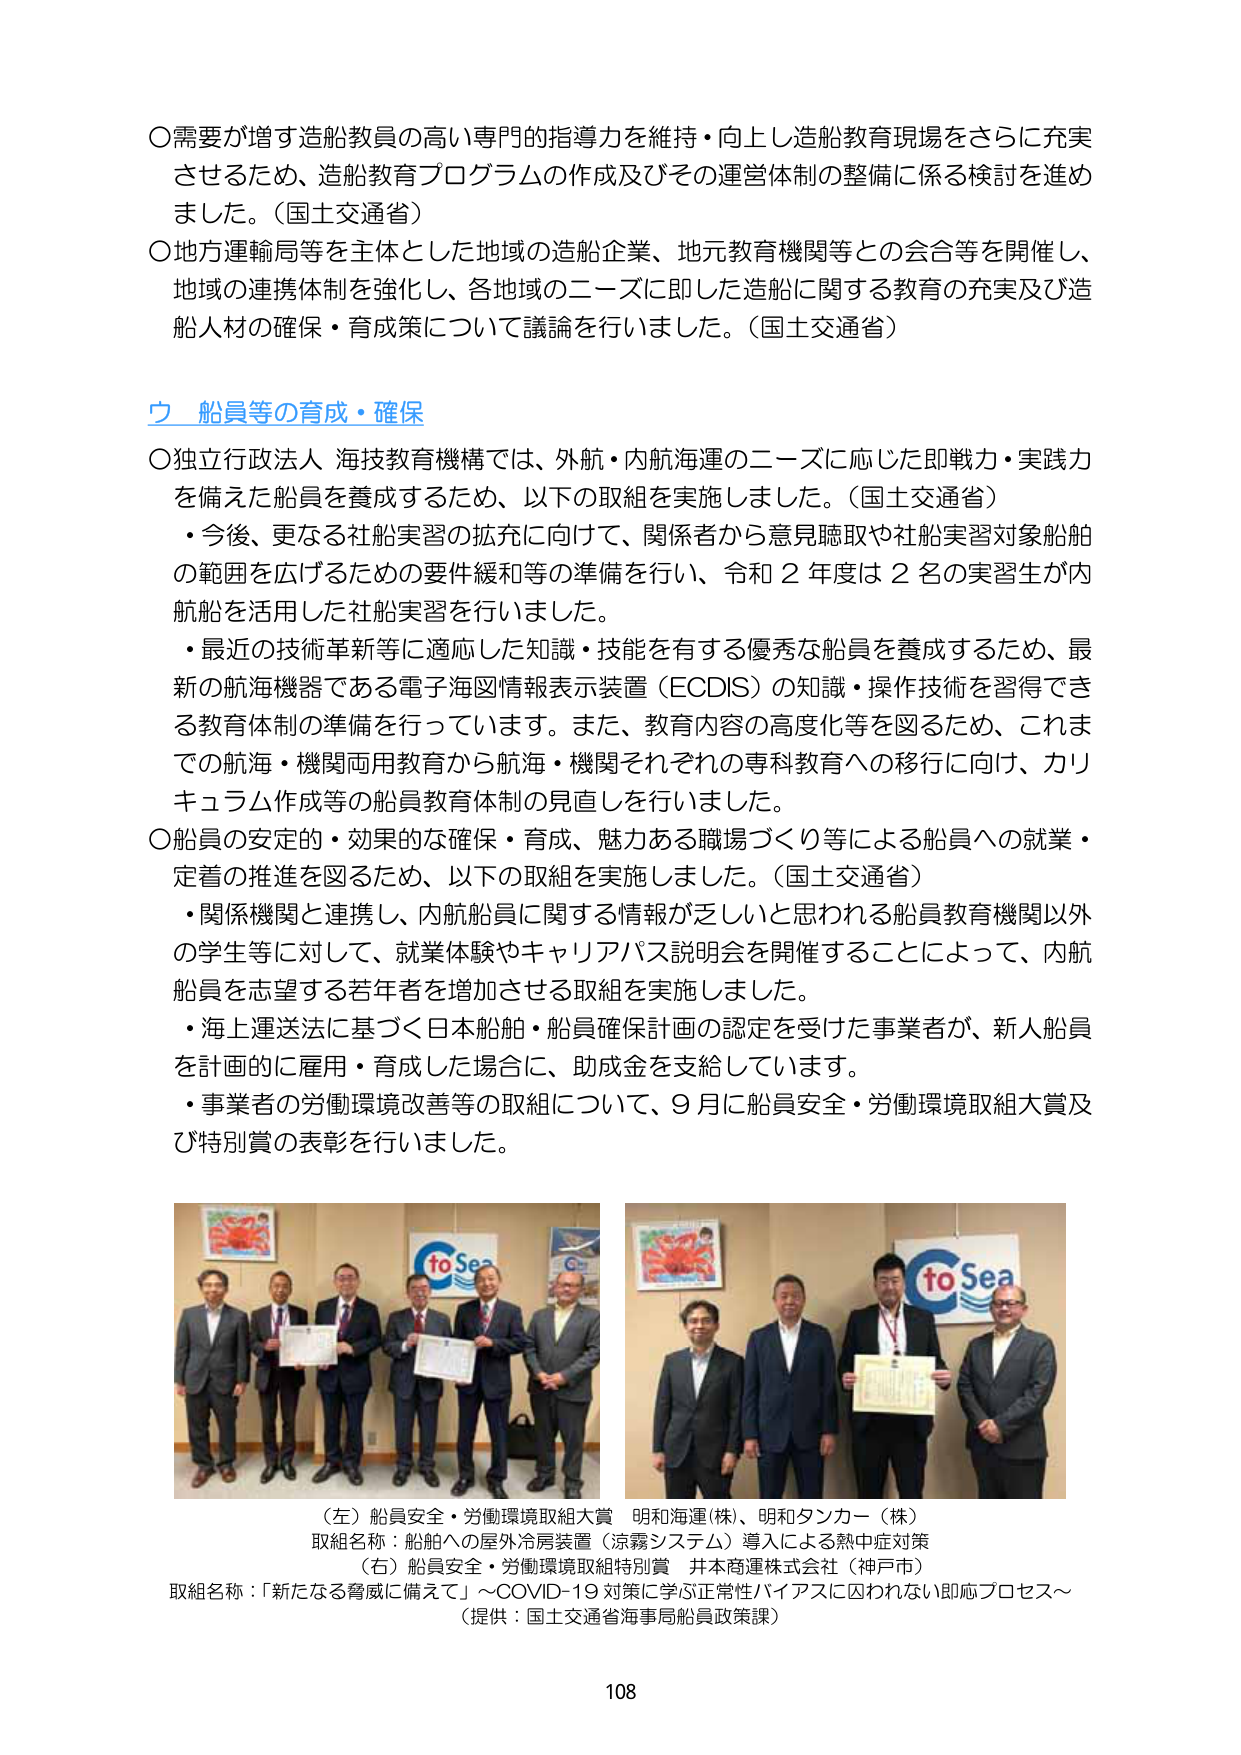
〇需要が増す造船教員の高い専門的指導力を維持・向上し造船教育現場をさらに充実させるため、造船教育プログラムの作成及びその運営体制の整備に係る検討を進めました。（国土交通省）
〇地方運輸局等を主体とした地域の造船企業、地元教育機関等との会合等を開催し、地域の連携体制を強化し、各地域のニーズに即した造船に関する教育の充実及び造船人材の確保・育成策について議論を行いました。（国土交通省）

**ウ 船員等の育成・確保**

〇独立行政法人 海技教育機構では、外航・内航海運のニーズに応じた即戦力・実践力を備えた船員を養成するため、以下の取組を実施しました。（国土交通省）
・今後、更なる社船実習の拡充に向けて、関係者から意見聴取や社船実習対象船舶の範囲を広げるための要件緩和等の準備を行い、令和２年度は２名の実習生が内航船を活用した社船実習を行いました。
・最近の技術革新等に適応した知識・技能を有する優秀な船員を養成するため、最新の航海機器である電子海図情報表示装置（ECDIS）の知識・操作技術を習得できる教育体制の準備を行っています。また、教育内容の高度化等を図るため、これまでの航海・機関両用教育から航海・機関それぞれの専科教育への移行に向け、カリキュラム作成等の船員教育体制の見直しを行いました。

〇船員の安定的・効果的な確保・育成、魅力ある職場づくり等による船員への就業・定着の推進を図るため、以下の取組を実施しました。（国土交通省）
・関係機関と連携し、内航船員に関する情報が乏しいと思われる船員教育機関以外の学生等に対して、就業体験やキャリアパス説明会を開催することによって、内航船員を志望する若年者を増加させる取組を実施しました。
・海上運送法に基づく日本船舶・船員確保計画の認定を受けた事業者が、新人船員を計画的に雇用・育成した場合に、助成金を支給しています。
・事業者の労働環境改善等の取組について、９月に船員安全・労働環境取組大賞及び特別賞の表彰を行いました。

（左）船員安全・労働環境取組大賞 明和海運(株)、明和タンカー（株）
取組名称：船舶への屋外冷房装置（涼霧システム）導入による熱中症対策
（右）船員安全・労働環境取組特別賞 井本商運株式会社（神戸市）
取組名称：「新たなる脅威に備えて」～COVID-19対策に学ぶ正常性バイアスに囚われない即応プロセス～
（提供：国土交通省海事局船員政策課）

108